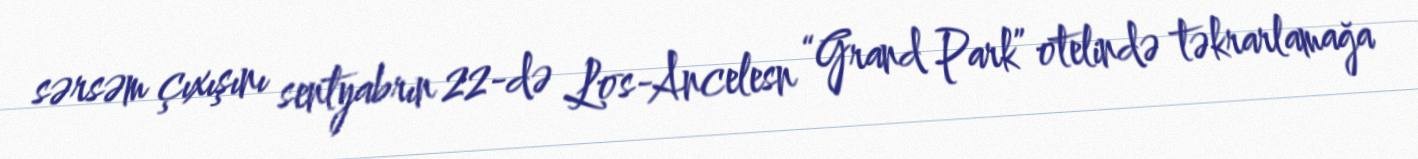
sərsəm çıxışını sentyabrın 22-də Los-Ancelesn “Grand Park” otelində təkrarlamağa